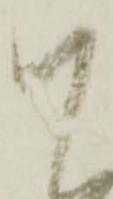
謹